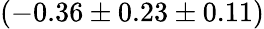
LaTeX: (-0.36\pm 0.23\pm 0.11)